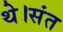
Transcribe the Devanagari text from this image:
थे।संत